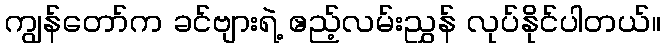
ကျွန်တော်က ခင်ဗျားရဲ့ ဧည့်လမ်းညွှန် လုပ်နိုင်ပါတယ်။